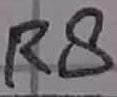
Text: R8